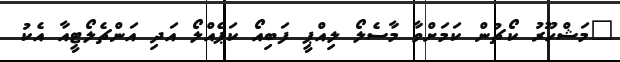
"މަޝްހޫރު ކޯޗުން ކަމަށްވާ މާސެލޯ ލިއްޕީ ފަބިއޯ ކަޕެއްލޯ އަދި އަންޗެލޯޓީއާ އެކު